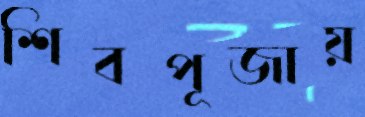
শিবপূজায়